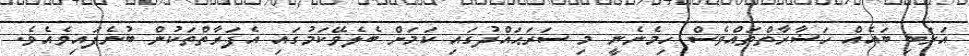
އަރަބި ބައެއް ހަޟާރާތްތައްވެސް ހިމެނެނީ މި ސަރަޙައްދުގައި ކަމަށް ބެލެވޭކަމުގައި އެފަރާތްތަކުން ބުނެފައިވެއެވެ.